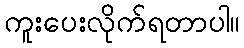
ကူးပေးလိုက်ရတာပါ။